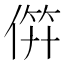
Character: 𬿉